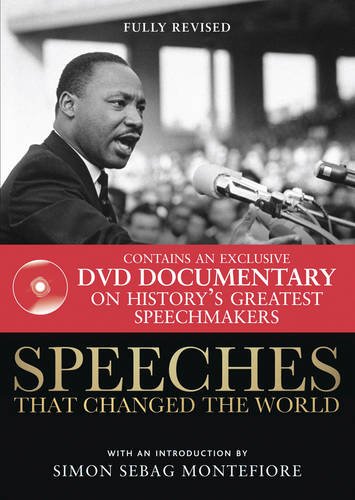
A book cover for Speeches That Changed the World; Literature & Fiction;